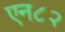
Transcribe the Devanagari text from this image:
एन८२